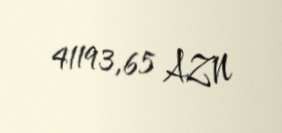
41193,65 AZN